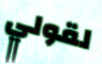
لقولي